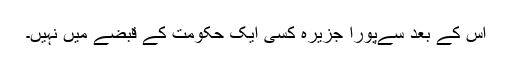
اس کے بعد سےپورا جزیرہ کسی ایک حکومت کے قبضے میں نہیں۔